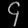
Digit: ၄